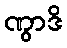
ဏွာဒိ